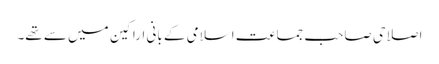
اصلاحی صاحب جماعت اسلامی کے بانی اراکین میں سے تھے۔